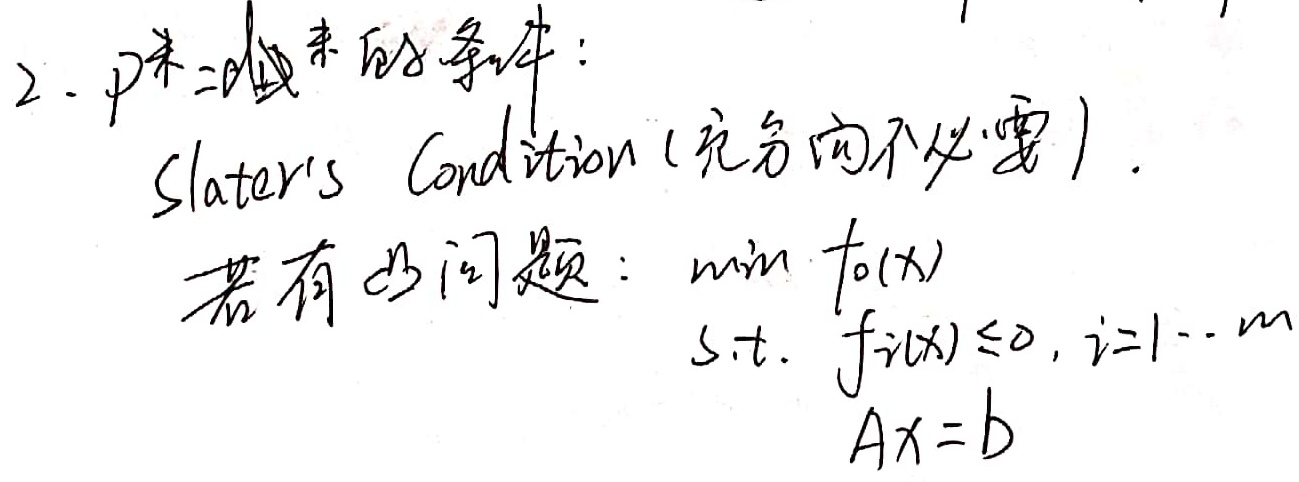
2. 二次规划的条件：Slater's Condition (充分向不必要)。若有凸问题：
\(\min f_0(x)\)
s.t. \(\begin{cases}f_i(x) \leq 0, & i = 1\cdots m \\Ax = b\end{cases}\)